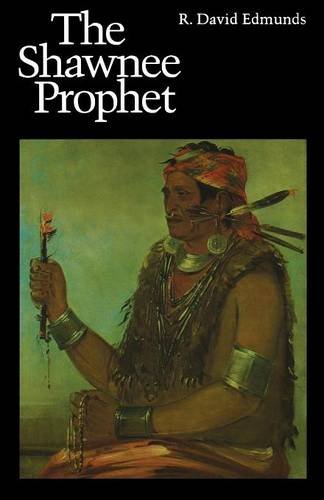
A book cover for The Shawnee Prophet; R. David Edmunds; Biographies & Memoirs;